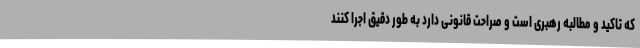
که تاکید و مطالبه رهبری است و صراحت قانونی دارد به طور دقیق اجرا کنند